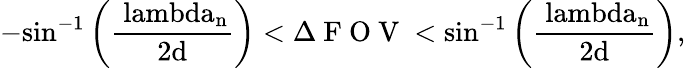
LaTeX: -\mathrm{\sin^{-1}\left(\frac{\ lambda_{n}}{2d}\right)}<\Delta\mathrm{~F~O~V~}<\mathrm{\sin^{-1}\left(\frac{\ lambda_{n}}{2d}\right)},